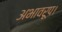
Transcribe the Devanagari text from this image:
अभावरूप।